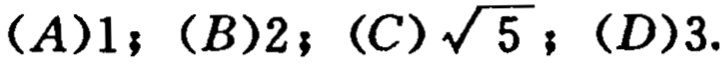
$(A)1；(B)2；(C)\sqrt{5}；(D)3.$